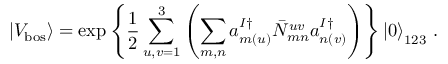
\left| V _ { \mathrm { b o s } } \right> = \exp \left\{ \frac { 1 } { 2 } \sum _ { u , v = 1 } ^ { 3 } \left( \sum _ { m , n } a _ { m ( u ) } ^ { I \dagger } { \bar { N } } _ { m n } ^ { u v } a _ { n ( v ) } ^ { I \dagger } \right) \right\} \left| 0 \right> _ { 1 2 3 } \, .